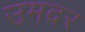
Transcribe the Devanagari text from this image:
उमदर